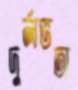
দুর্লভতা